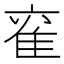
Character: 𮥹